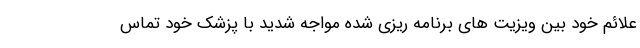
علائم خود بین ویزیت های برنامه ریزی شده مواجه شدید با پزشک خود تماس